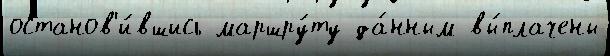
останов'и́вшись маршру́ту да́нным вы́плачены